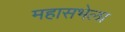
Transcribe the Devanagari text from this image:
महासभेला